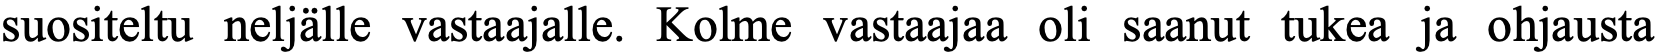
suositeltu neljälle vastaajalle. Kolme vastaajaa oli saanut tukea ja ohjausta